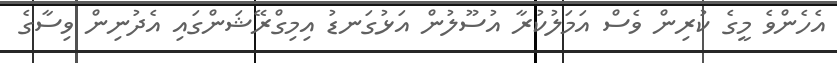
އެހެންވެ މީގެ ކުރިން ވެސް އަމަލުކުރާ އުސޫލުން އަޅުގަނޑު އިމިގްރޭޝަންގައި އެދުނިން ވިސާގެ